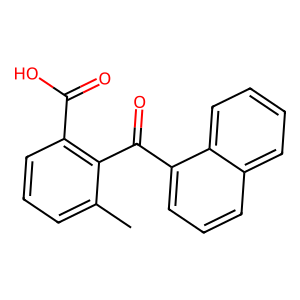
SMILES: Cc1cccc(C(=O)O)c1C(=O)c1cccc2ccccc12
Inhibits HIV replication: No